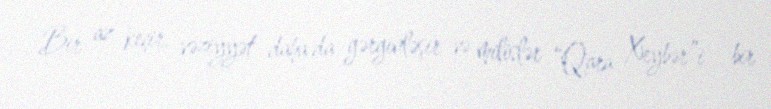
Bir az keçir, vəziyyət daha da gərginləşir və milislər “Qara Xeybər”i - bir